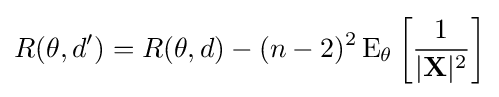
R(\theta ,d')=R(\theta ,d)-(n-2)^{2}\operatorname {E} _{\theta }\left[{\frac {1}{|\mathbf {X} |^{2}}}\right]